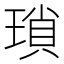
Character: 瑣